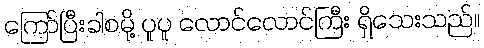
ကြော်ပြီးခါစမို့ ပူပူ လောင်လောင်ကြီး ရှိသေးသည်။